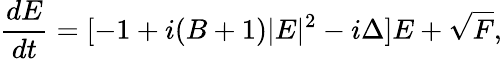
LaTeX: \frac{dE}{dt}=[-1+i(B+1)\vert E\vert^{2}-i\Delta]E+\sqrt{F},